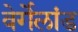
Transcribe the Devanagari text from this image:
वेर्गेलांड